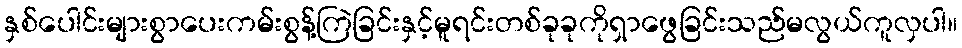
နှစ်ပေါင်းများစွာပေးကမ်းစွန့်ကြဲခြင်းနှင့်မူရင်းတစ်ခုခုကိုရှာဖွေခြင်းသည်မလွယ်ကူလှပါ။